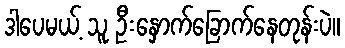
ဒါပေမယ့် သူ ဦးနှောက်ခြောက်နေတုန်းပဲ။